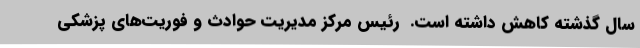
سال گذشته کاهش داشته است. ‌ رئیس مرکز مدیریت حوادث و فوریت‌های پزشکی